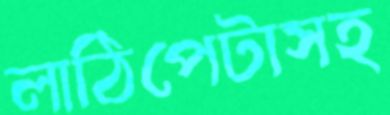
লাঠিপেটাসহ